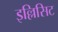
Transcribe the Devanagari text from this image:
इल्लिसिट